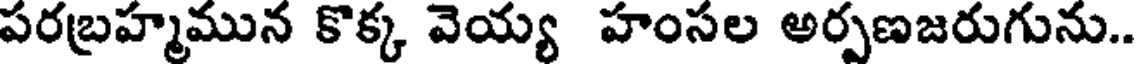
పరబ్రహ్మమున కొక్క వెయ్య హంసల అర్పణజరుగును..